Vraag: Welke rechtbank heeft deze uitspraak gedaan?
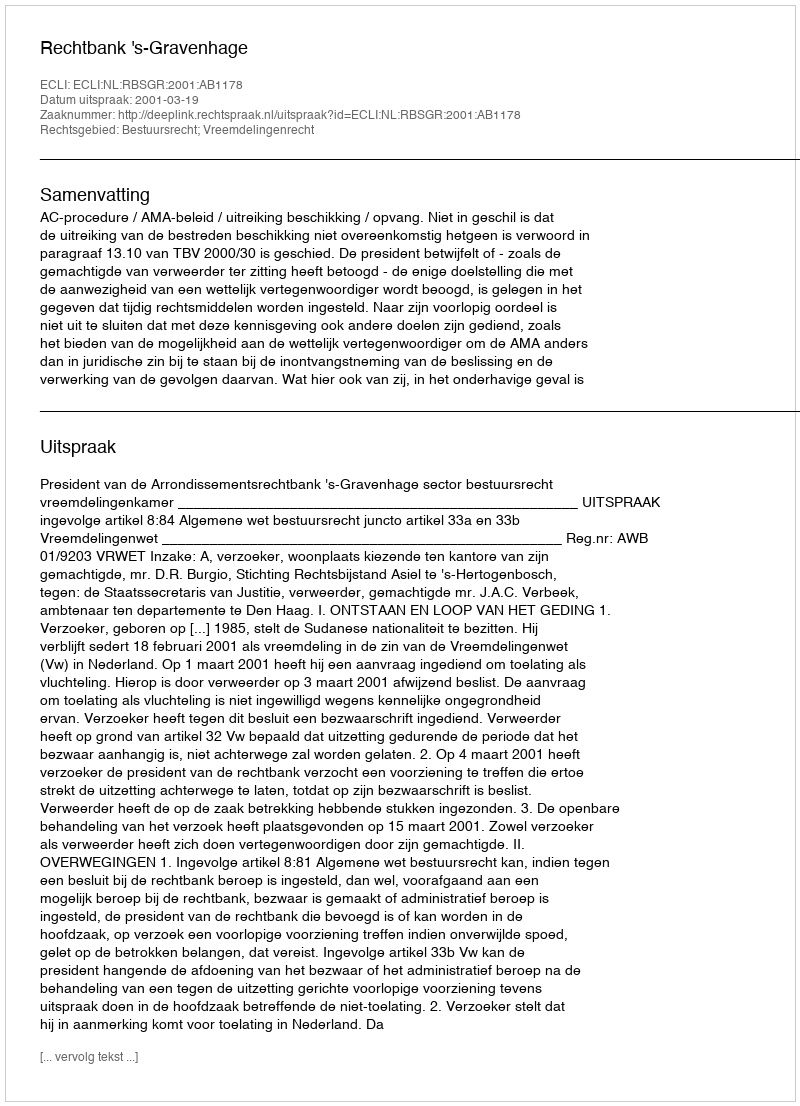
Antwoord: Rechtbank 's-Gravenhage